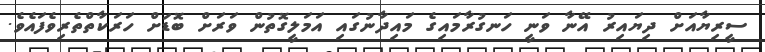
ސީރިޔާއަށް ދިޔައިރު އޭނާ ވަނީ ހަނގުރާމައިގެ މައިދާނުގައި އަމަލީގޮތުން ވަރަށް ބޮޑަށް ހަރަކާތްތެރިވެފައެވެ.